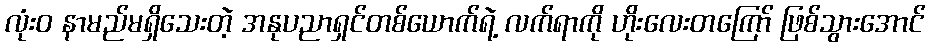
လုံးဝ နာမည်မရှိသေးတဲ့ အနုပညာရှင်တစ်ယောက်ရဲ့ လက်ရာကို ဟိုးလေးတကြော် ဖြစ်သွားအောင်